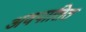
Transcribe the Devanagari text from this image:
अवपातित